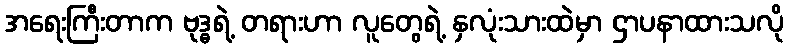
အရေးကြီးတာက ဗုဒ္ဓရဲ့ တရားဟာ လူတွေရဲ့ နှလုံးသားထဲမှာ ဌာပနာထားသလို